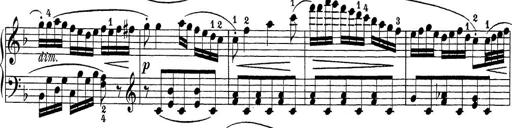
Title: Sonatina Album
Composer: Louis KÃ¶hler